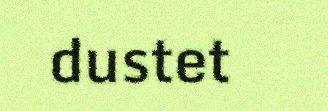
dustet